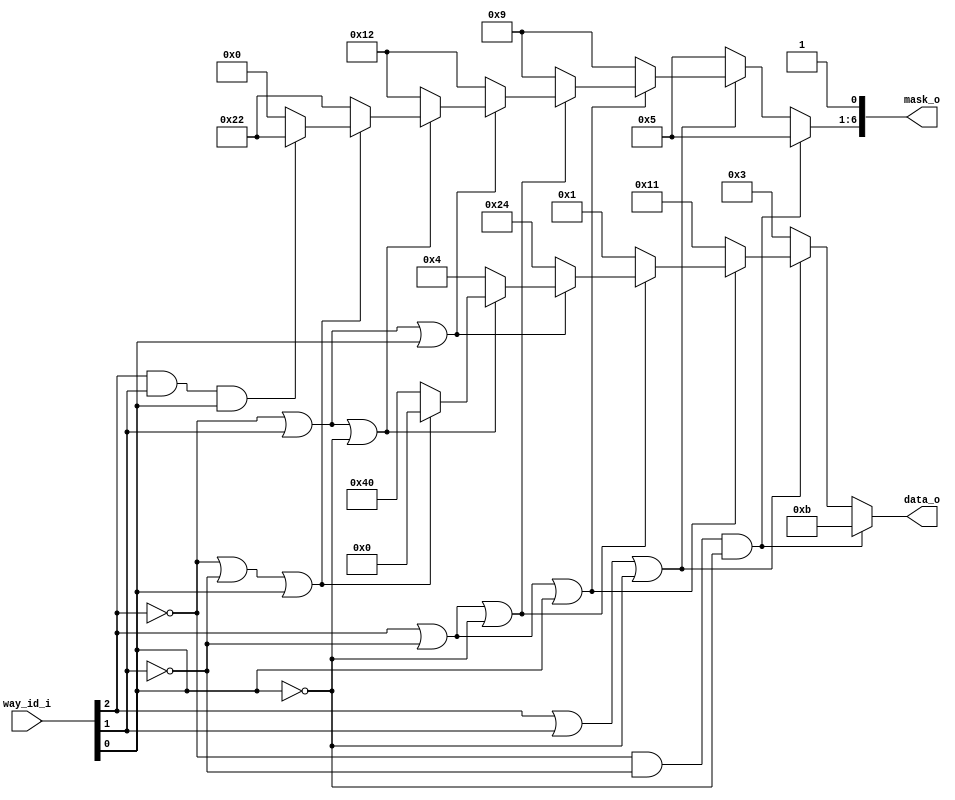
module bp_be_dcache_lru_decode_ways_p8
(
  way_id_i,
  data_o,
  mask_o
);

  input [2:0] way_id_i;
  output [6:0] data_o;
  output [6:0] mask_o;
  wire [6:0] data_o,mask_o;
  wire N0,N1,N2,N3,N4,N5,N6,N7,N8,N9,N10,N11,N12,N13,N14,N15,N16,N17,N18,N19,N20,N21,
  N22,N23,N24,N25,N26,N27,N28,N29,N30;
  assign mask_o[0] = 1'b1;
  assign N11 = N8 & N9;
  assign N12 = N11 & N10;
  assign N13 = way_id_i[2] | way_id_i[1];
  assign N14 = N13 | N10;
  assign N16 = way_id_i[2] | N9;
  assign N17 = N16 | way_id_i[0];
  assign N19 = N16 | N10;
  assign N21 = N8 | way_id_i[1];
  assign N22 = N21 | way_id_i[0];
  assign N24 = N21 | N10;
  assign N26 = N8 | N9;
  assign N27 = N26 | way_id_i[0];
  assign N29 = way_id_i[2] & way_id_i[1];
  assign N30 = N29 & way_id_i[0];
  assign data_o = (N0)? { 1'b0, 1'b0, 1'b0, 1'b1, 1'b0, 1'b1, 1'b1 } : 
                  (N1)? { 1'b0, 1'b0, 1'b0, 1'b0, 1'b0, 1'b1, 1'b1 } : 
                  (N2)? { 1'b0, 1'b0, 1'b1, 1'b0, 1'b0, 1'b0, 1'b1 } : 
                  (N3)? { 1'b0, 1'b0, 1'b0, 1'b0, 1'b0, 1'b0, 1'b1 } : 
                  (N4)? { 1'b0, 1'b1, 1'b0, 1'b0, 1'b1, 1'b0, 1'b0 } : 
                  (N5)? { 1'b0, 1'b0, 1'b0, 1'b0, 1'b1, 1'b0, 1'b0 } : 
                  (N6)? { 1'b1, 1'b0, 1'b0, 1'b0, 1'b0, 1'b0, 1'b0 } : 
                  (N7)? { 1'b0, 1'b0, 1'b0, 1'b0, 1'b0, 1'b0, 1'b0 } : 1'b0;
  assign N0 = N12;
  assign N1 = N15;
  assign N2 = N18;
  assign N3 = N20;
  assign N4 = N23;
  assign N5 = N25;
  assign N6 = N28;
  assign N7 = N30;
  assign mask_o[6:1] = (N0)? { 1'b0, 1'b0, 1'b0, 1'b1, 1'b0, 1'b1 } : 
                       (N1)? { 1'b0, 1'b0, 1'b0, 1'b1, 1'b0, 1'b1 } : 
                       (N2)? { 1'b0, 1'b0, 1'b1, 1'b0, 1'b0, 1'b1 } : 
                       (N3)? { 1'b0, 1'b0, 1'b1, 1'b0, 1'b0, 1'b1 } : 
                       (N4)? { 1'b0, 1'b1, 1'b0, 1'b0, 1'b1, 1'b0 } : 
                       (N5)? { 1'b0, 1'b1, 1'b0, 1'b0, 1'b1, 1'b0 } : 
                       (N6)? { 1'b1, 1'b0, 1'b0, 1'b0, 1'b1, 1'b0 } : 
                       (N7)? { 1'b1, 1'b0, 1'b0, 1'b0, 1'b1, 1'b0 } : 1'b0;
  assign N8 = ~way_id_i[2];
  assign N9 = ~way_id_i[1];
  assign N10 = ~way_id_i[0];
  assign N15 = ~N14;
  assign N18 = ~N17;
  assign N20 = ~N19;
  assign N23 = ~N22;
  assign N25 = ~N24;
  assign N28 = ~N27;

endmodule